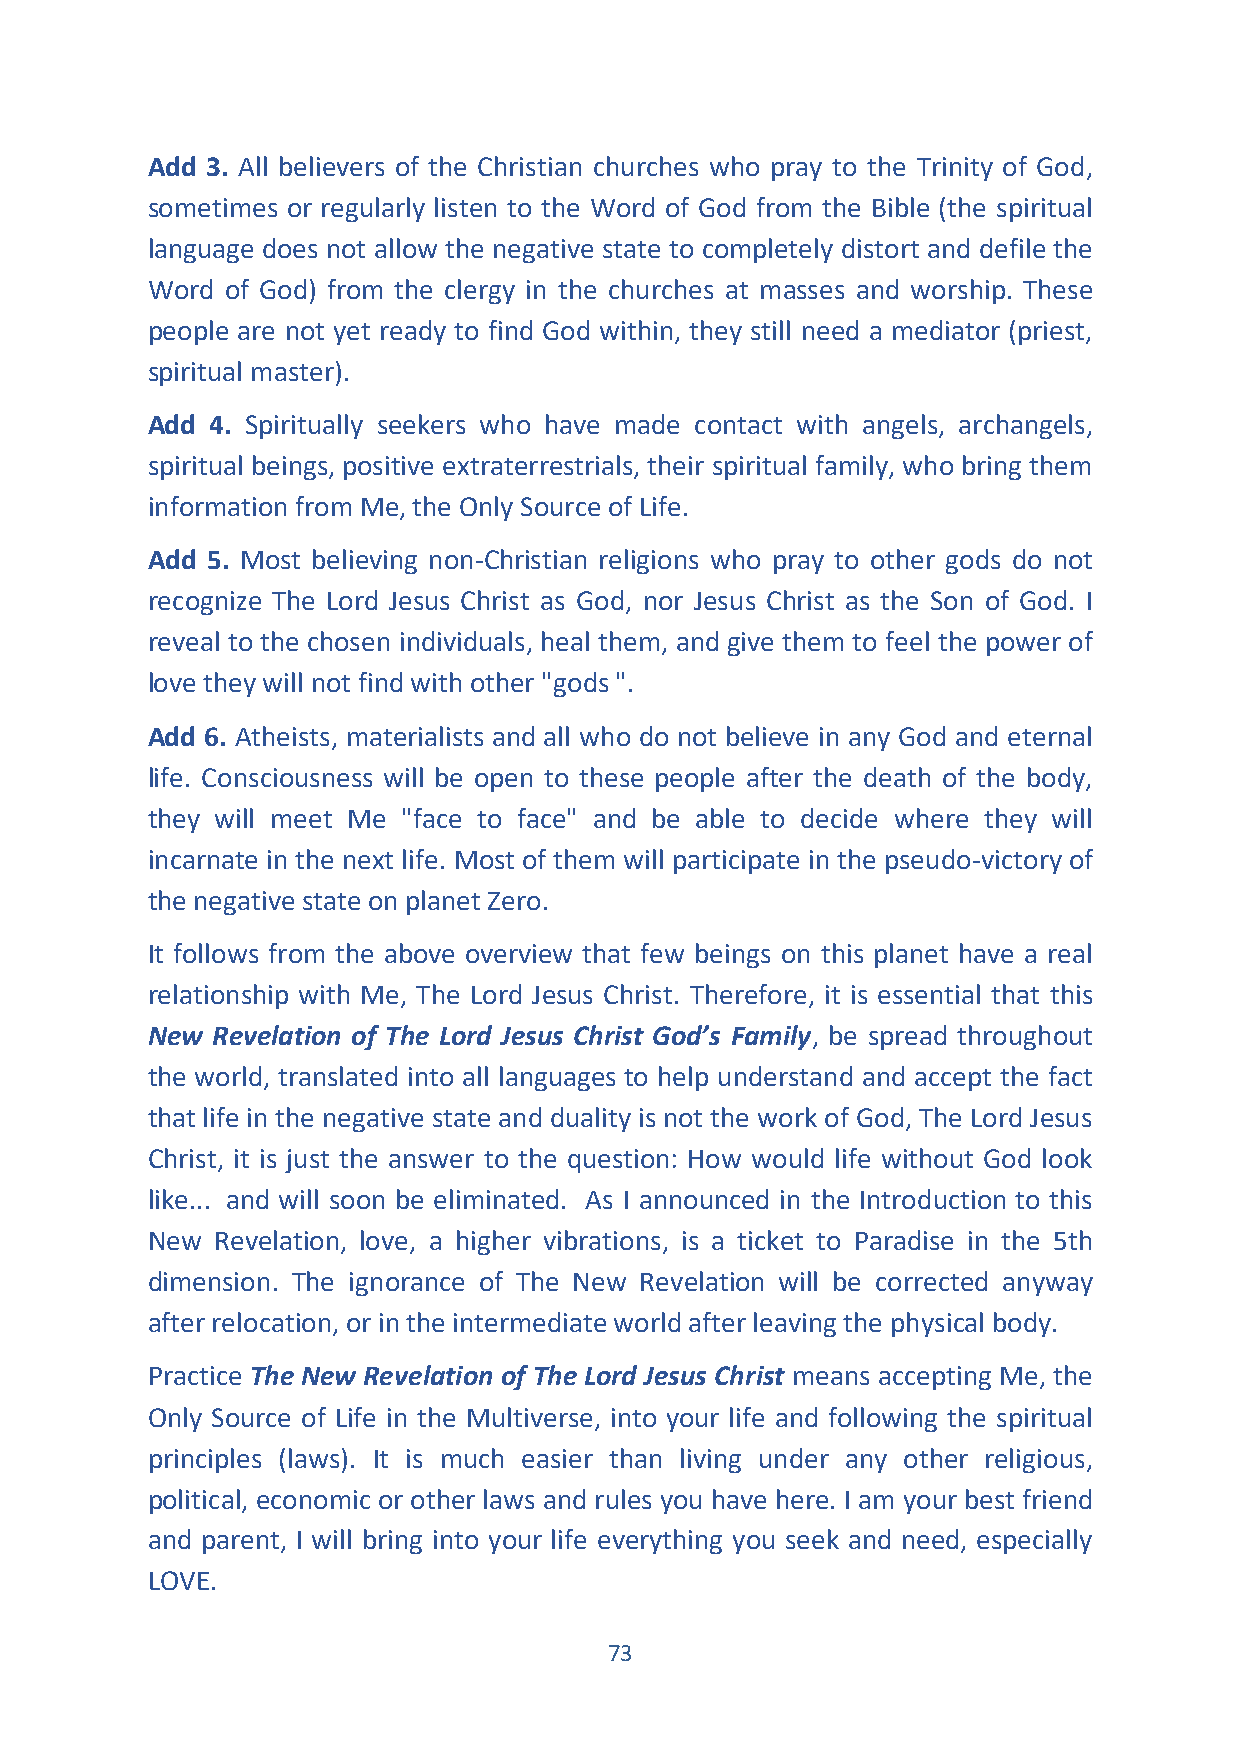
Add 3. All believers of the Christian churches who pray to the Trinity of God,
 sometimes or regularly listen to the Word of God from the Bible (the spiritual
 language does not allow the negative state to completely distort and defile the
 Word of God) from the clergy in the churches at masses and worship. These
 people are not yet ready to find God within, they still need a mediator (priest,
 spiritual master).
 Add 4. Spiritually seekers who have made contact with angels, archangels,
 spiritual beings, positive extraterrestrials, their spiritual family, who bring them
 information from Me, the Only Source of Life.
 Add 5. Most believing non-Christian religions who pray to other gods do not
 recognize The Lord Jesus Christ as God, nor Jesus Christ as the Son of God. I
 reveal to the chosen individuals, heal them, and give them to feel the power of
 love they will not find with other "gods ".
 Add 6. Atheists, materialists and all who do not believe in any God and eternal
 life. Consciousness will be open to these people after the death of the body,
 they will meet Me "face to face" and be able to decide where they will
 incarnate in the next life. Most of them will participate in the pseudo-victory of
 the negative state on planet Zero.
 It follows from the above overview that few beings on this planet have a real
 relationship with Me, The Lord Jesus Christ. Therefore, it is essential that this
 New Revelation of The Lord Jesus Christ God’s Family, be spread throughout
 the world, translated into all languages to help understand and accept the fact
 that life in the negative state and duality is not the work of God, The Lord Jesus
 Christ, it is just the answer to the question: How would life without God look
 like... and will soon be eliminated. As I announced in the Introduction to this
 New Revelation, love, a higher vibrations, is a ticket to Paradise in the 5th
 dimension. The ignorance of The New Revelation will be corrected anyway
 after relocation, or in the intermediate world after leaving the physical body.
 Practice The New Revelation of The Lord Jesus Christ means accepting Me, the
 Only Source of Life in the Multiverse, into your life and following the spiritual
 principles (laws). It is much easier than living under any other religious,
 political, economic or other laws and rules you have here. I am your best friend
 and parent, I will bring into your life everything you seek and need, especially
 LOVE.
 73